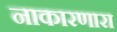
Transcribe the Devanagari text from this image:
नाकारणारा